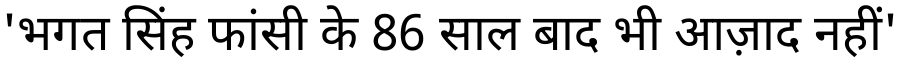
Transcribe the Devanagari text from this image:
'भगत सिंह फांसी के 86 साल बाद भी आज़ाद नहीं'